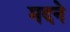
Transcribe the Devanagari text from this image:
मदने